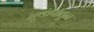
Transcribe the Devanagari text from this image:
भूकंपातून